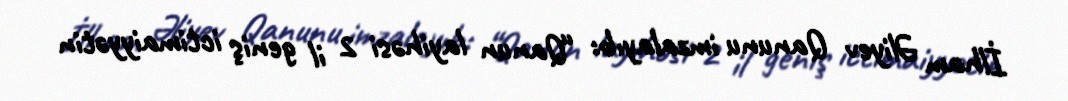
İlham Əliyev Qanunu imzalayıb: “Qanun layihəsi 2 il geniş ictimaiyyətin